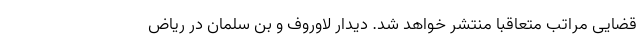
قضایی مراتب متعاقبا منتشر خواهد شد. دیدار لاوروف و بن سلمان در ریاض